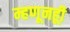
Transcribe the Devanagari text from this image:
म्हणूनहूी